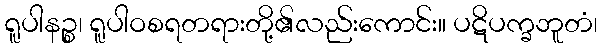
ရူပါနဉ္စ၊ ရူပါဝစရတရားတို့၏လည်းကောင်း။ ပဋိပက္ခဘူတံ၊